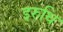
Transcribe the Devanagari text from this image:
इरुधि